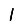
Digit: 1